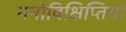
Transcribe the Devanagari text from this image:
मनोविक्षिप्तियों